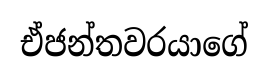
ඒජන්තවරයාගේ